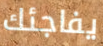
يفاجئك